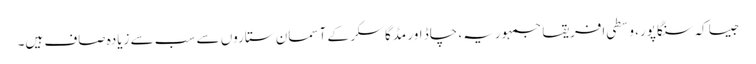
جیسا کہ سنگاپور، وسطی افریقا جمہوریہ، چاڈ اور مڈگاسکر کے آسمان ستاروں سے سب سے زیادہ صاف ہیں۔